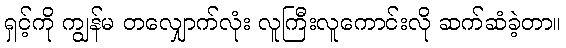
ရှင့်ကို ကျွန်မ တလျှောက်လုံး လူကြီးလူကောင်းလို ဆက်ဆံခဲ့တာ။